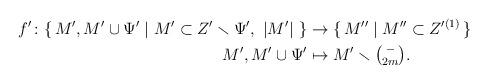
LaTeX: \begin{align*}f'\colon\{\,M',M'\cup\Psi'\mid M'\subset Z'\smallsetminus\Psi',\ |M'|\ \} &\rightarrow\{\,M''\mid M''\subset Z'^{(1)}\,\} \\M',M'\cup\Psi' &\mapsto M'\smallsetminus\textstyle\binom{-}{2m}.\end{align*}